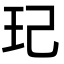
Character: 玘